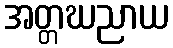
အတ္တဃညာယ